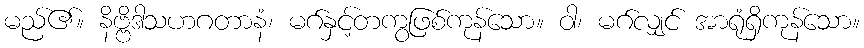
မည်၏။ နိဗ္ဗိဒါသဟဂတာနံ၊ မဂ်နှင့်တကွဖြစ်ကုန်သော။ ဝါ၊ မဂ်လျှင် အာရုံရှိကုန်သော။